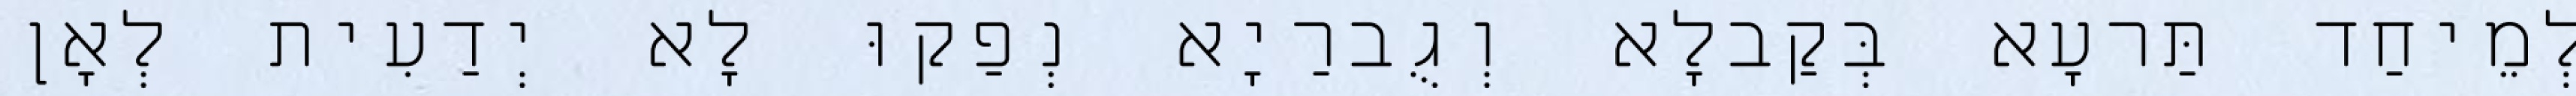
לְמֵיחַד תַּרעָא בְּקַבלָא וְגֻברַיָא נְפַקוּ לָא יְדַעִית לְאָן